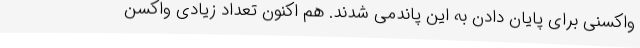
واکسنی برای پایان دادن به این پاندمی شدند. هم اکنون تعداد زیادی واکسن